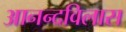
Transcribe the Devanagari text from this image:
आनन्दविलास